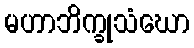
မဟာဘိက္ခုသံဃော